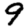
Digit: 9